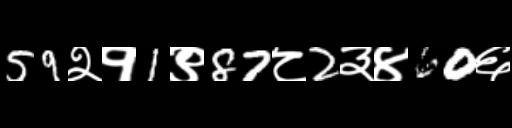
Text: 59२१1९87८2३४60६